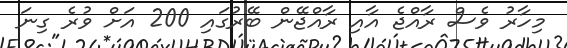
މިހާރު ވެސް ރާއްޖެ އާއި ރާއްޖޭން ބޭރުގައި 200 އަށް ވުރެ ގިނަ